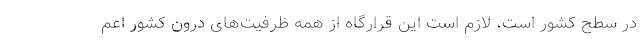
در سطح کشور است، لازم است این قرارگاه از همه ظرفیت‌های درون کشور اعم